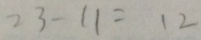
2 3 - 1 1 = 1 2